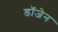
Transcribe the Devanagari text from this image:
डॉजेन